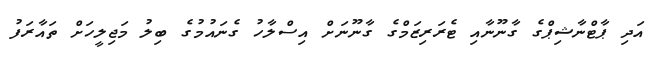
އަދި ޕާޓްނާޝިޕްގެ ގާނޫނާއި ޓެރަރިޒަމްގެ ގާނޫނަށް އިސްލާހު ގެނައުމުގެ ބިލު މަޖިލީހަށް ތައާރަފު